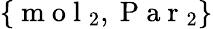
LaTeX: \{ \mathrm{~m~o~l~}_{2},\mathrm{~P~a~r~}_{2}\}